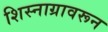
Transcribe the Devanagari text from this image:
शिस्नाग्रावरून